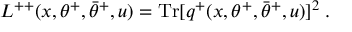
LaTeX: L ^ { + + } ( x , \theta ^ { + } , \bar { \theta } ^ { + } , u ) = \mathrm { T r } [ q ^ { + } ( x , \theta ^ { + } , \bar { \theta } ^ { + } , u ) ] ^ { 2 } \; .